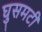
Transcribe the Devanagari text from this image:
घुसमटी